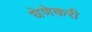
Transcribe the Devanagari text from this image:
घेणेकरी